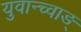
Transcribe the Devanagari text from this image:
युवान्च्वाङ्